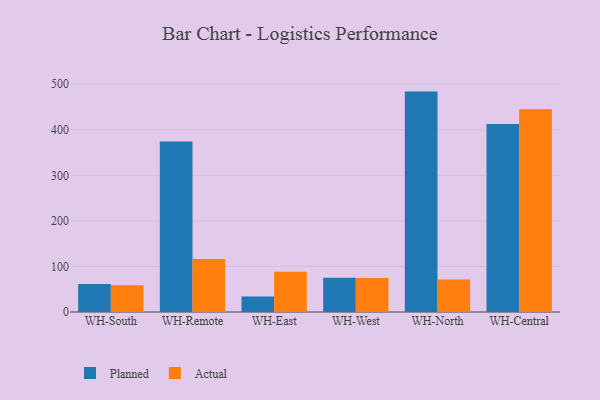
{"axis": {"x": "Warehouse", "y": "Gross Profit (USD K)"}, "legend": ["Actual", "Planned"], "data": [{"x": "WH-South", "y": 61.2, "type": "Planned"}, {"x": "WH-South", "y": 58.7, "type": "Actual"}, {"x": "WH-Remote", "y": 374.4, "type": "Planned"}, {"x": "WH-Remote", "y": 116.3, "type": "Actual"}, {"x": "WH-East", "y": 34.0, "type": "Planned"}, {"x": "WH-East", "y": 88.4, "type": "Actual"}, {"x": "WH-West", "y": 75.1, "type": "Planned"}, {"x": "WH-West", "y": 74.8, "type": "Actual"}, {"x": "WH-North", "y": 483.7, "type": "Planned"}, {"x": "WH-North", "y": 71.5, "type": "Actual"}, {"x": "WH-Central", "y": 412.5, "type": "Planned"}, {"x": "WH-Central", "y": 445.2, "type": "Actual"}]}